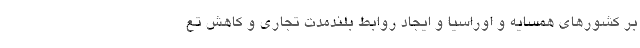
بر کشورهای همسایه و اوراسیا و ایجاد روابط بلندمدت تجاری و کاهش تع